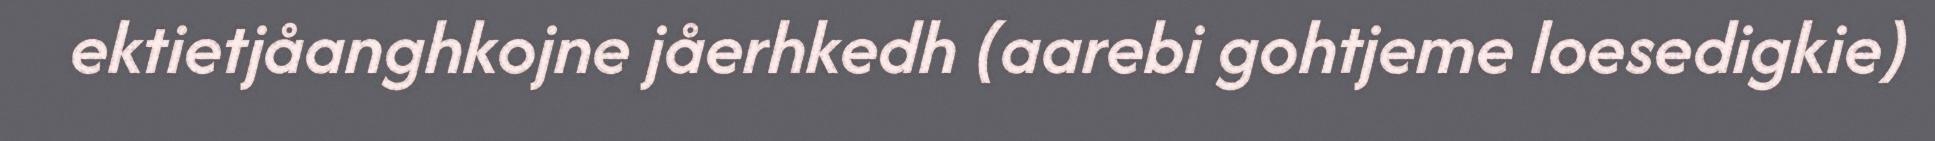
ektietjåanghkojne jåerhkedh (aarebi gohtjeme loesedigkie)